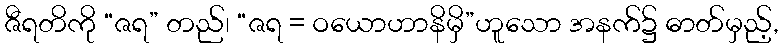
ဇီရတိကို “ဇရ” တည်၊ “ဇရ = ဝယောဟာနိမှိ”ဟူသော အနက်၌ ဓာတ်မှည့်,